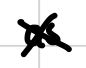
Text: as
Cross-out: cross
Writing tool: digital_black